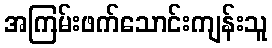
အကြမ်းဖက်သောင်းကျန်းသူ